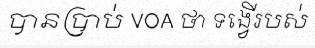
បានប្រាប់ VOA ថា ទង្វើរបស់